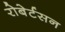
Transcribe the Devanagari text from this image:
रोबेर्टसन